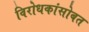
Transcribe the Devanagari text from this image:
विरोधकांसोबत